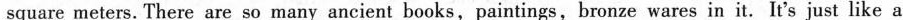
square meters. There are so many ancient books, paintings,bronze wares in it. It's just like a